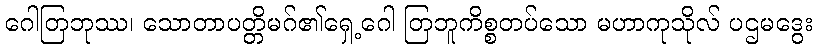
ဂေါတြဘုဿ၊ သောတာပတ္တိမဂ်၏ရှေ့ဂေါ တြဘူကိစ္စတပ်သော မဟာကုသိုလ် ပဌမဒွေး